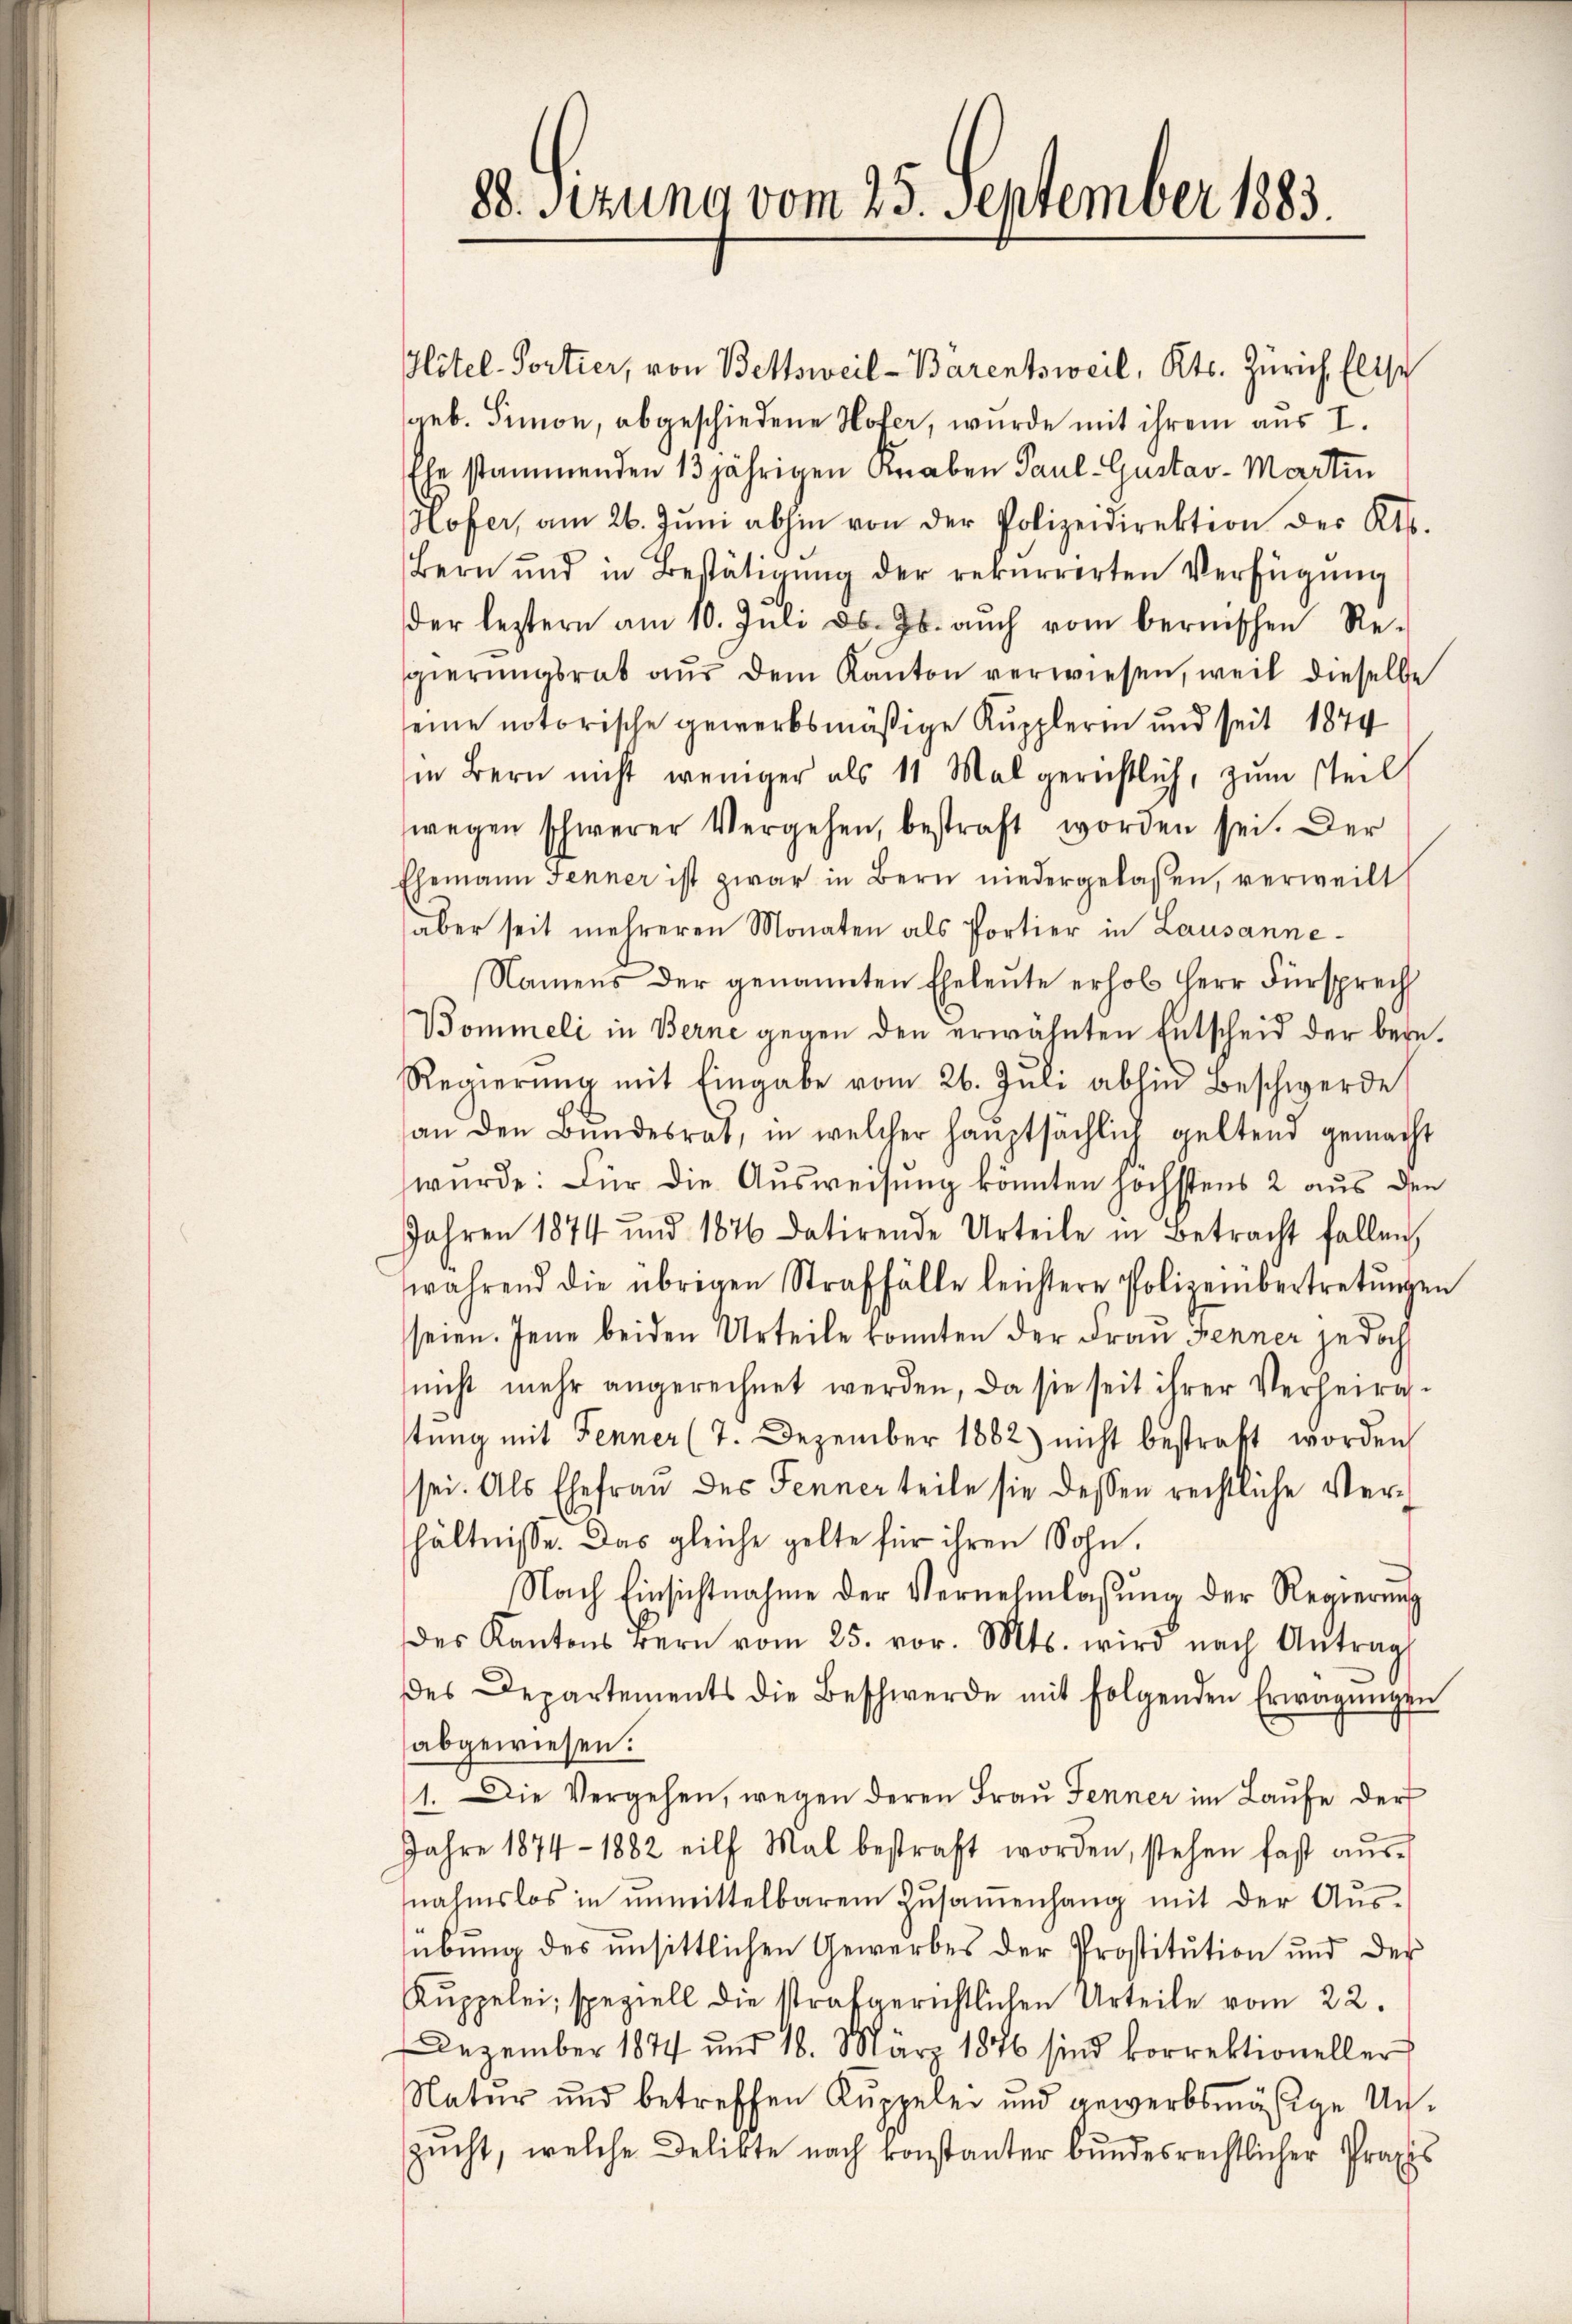
88. Sizung vom 25. September 1883.

Plitel-Portier, von Bettsweil-Barentsweil, Kts. Zürich, Elise
geb. Simon, abgeschiedene Hofer, wurde mit ihrem aus I.
Ehe stammenden 13 jährigen Anaben Paul Gustav- Martin
Hofer, am 26. Juni abhin von der Polizeidirektion des Kts.
Bern und in Bestätigŭng der rekurrirten Verfügŭng
der leztern am 10. Juli d. Js. aŭch vom bernischen Re-
gierŭngsrat aŭs dem Kanton verwiesen, weil dieselbe
seine notorische gewerbsmäßige Kupplerin und seit 1874
in Bern nicht weniger als 11 Mal gerichtlich, zum steil
wegen schwerer Vergehen, bestraft worden sei. Der
Ehemann Jenner ist zwar in Bern niedergelassen, verweilt
aber seit mehreren Monaten als Portier in Lausanne¬
Namens der genannten Eheleute erhob Herr Fürsprech
Bommeli in Berne gegen den erwähnten Entscheid der beren.
Regierŭng mit Eingabe vom 26. Jŭli abhin Beschwerde
an den Bundesrat, in welcher hauptsächlich geltend gemacht
wurde: Für die Ausweisung könnten höchstens 2 aus den
Jahren 1874 und 1876 datirende Urteile in Betracht fallen,
während die übrigen Straffälle leichtere Polizeiübertretŭngen
seien. Jene beiden Urteile konnten der Frau Fenner jedoch
nicht mehr angerechnet werden, da sie seit ihrer Verheiratŭng mit Fenner (7. Dezember 1862) nicht bestraft worden
sei. Als Ehefrau des Fenner teile sie dessen rechtliche Verhältnisse. Das gleiche gelte für ihren Sohn.
Nach Einsichtnahme der Vernehmlassung der Regierung
des Kantons gern vom 25. vor. Mts. wird nach Antrag
des Departements die Beschwerde mit folgenden Erwägŭngen
abgewiesen.
1. Die Vergehen, wegen deren Frau Fenner im Laŭfe der
Jahre 1874 - 1882 eilf Mal bestraft worden, stehen fast aŭs-
nahmslos in ŭnmittelbarem Zŭsaṁenhang mit der Aŭs-
übung des unsittlichen Gewerbes der Prostitution und der
Kŭppelei, speziell die strafgerichtlichen Urteile vom 22.
Dezember 1874 und 16. 881. 1876 sind korrektioneller
Natur und betreffen Kuppelei und gewerbsmäßige Unzucht, welche Delikte nach konstanter bundesrechtlicher Praxis